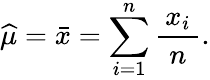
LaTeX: {\widehat{\mu}}={\bar{x}}=\sum_{i=1}^{n}{\frac{\, x_{i}\, }{n}}.